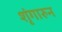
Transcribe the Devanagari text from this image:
शृंगारुन